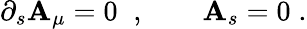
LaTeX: \partial_{s}\mathbf{A}_{\mu}=0\; \; ,\qquad\mathbf{A}_{s}=0\; .